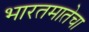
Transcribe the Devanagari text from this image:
भारतमातेचा